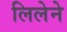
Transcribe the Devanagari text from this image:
लिलेने